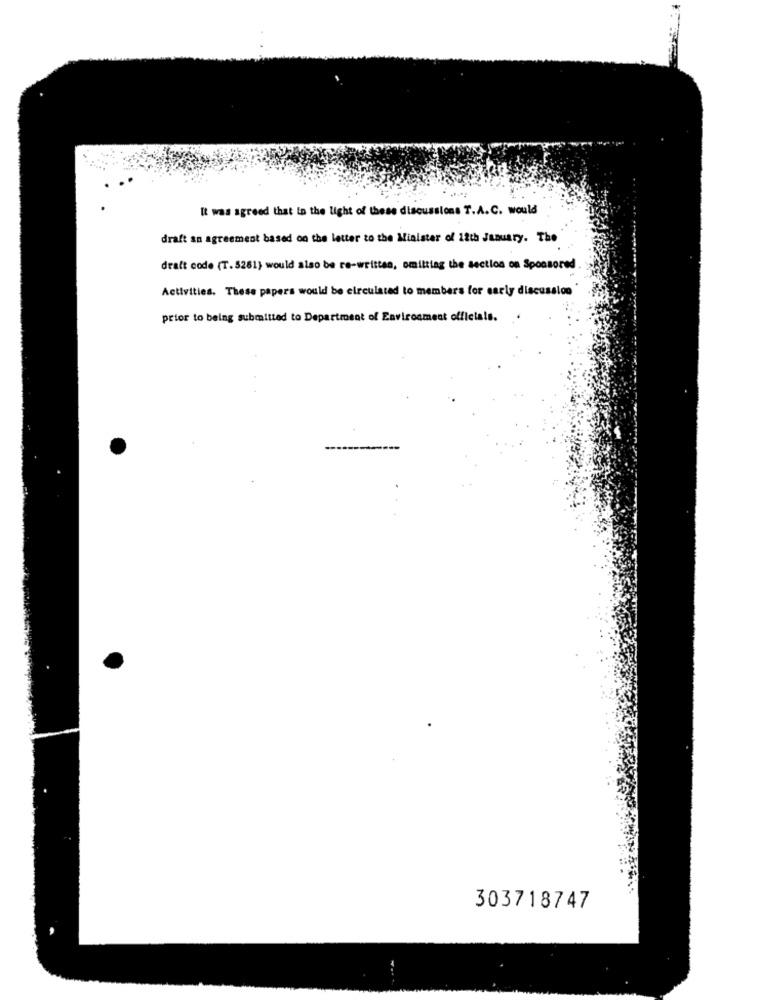
It was agreed that in the light of these discussions T.A.C. would
draft an agreement based on the letter to the Minister of 12th January. The
draft code (T. 5261) would also be re-written, omitting the section on Sponsored
Activities. These papers would be circulated to members for early discussion
prior to being submitted to Department of Environment officials.
303718747